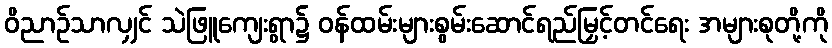
ဝိညာဉ်သာလျှင် သဲဖြူကျေးရွာ၌ ဝန်ထမ်းများစွမ်းဆောင်ရည်မြှင့်တင်ရေး အများစုတို့ကို